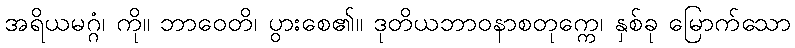
အရိယမဂ္ဂံ၊ ကို။ ဘာဝေတိ၊ ပွားစေ၏။ ဒုတိယဘာဝနာစတုက္ကေ၊ နှစ်ခု မြောက်သော